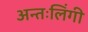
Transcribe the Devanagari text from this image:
अन्तःलिंगी